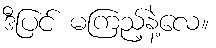
ဒီပြင် မကြည့်နဲ့လေ။